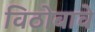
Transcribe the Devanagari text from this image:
विठोबावे